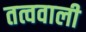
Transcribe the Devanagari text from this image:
तत्ववाली